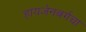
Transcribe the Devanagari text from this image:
हायजेनबर्गचा